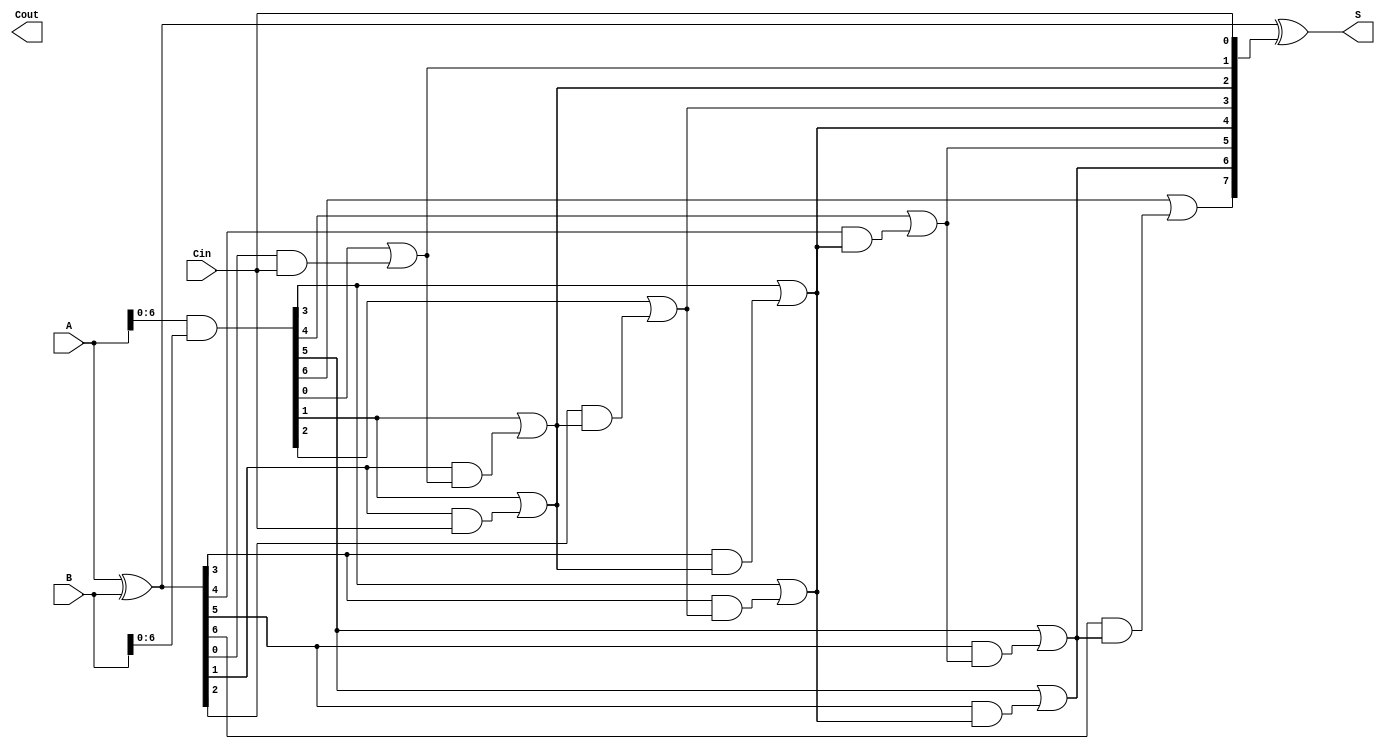
module Parallel_Prefix_Adder #(parameter n = 8) (
    input [n-1:0] A,
    input [n-1:0] B,
    input Cin,
    output [n-1:0] S,
    output Cout
);
    // Internal wires for propagate and generate signals
    wire [n-1:0] P, G;
    wire [n:0] C; // Carry signals, including C[0] for Cin

    // Preprocessing Stage: Generate P and G signals
    assign P = A ^ B; // Propagate signal
    assign G = A & B; // Generate signal

    // Carry generation using Kogge-Stone structure
    assign C[0] = Cin; // Initial carry-in

    // Level 1
    genvar i;
    generate
        for (i = 0; i < n - 1; i = i + 1) begin : level1
            assign C[i + 1] = G[i] | (P[i] & C[i]);
        end
    endgenerate

    // Level 2 (combining results)
    genvar j;
    generate
        for (j = 0; j < n - 2; j = j + 2) begin : level2
            assign C[j + 2] = G[j + 1] | (P[j + 1] & C[j]);
        end
    endgenerate

    // Level 3 (can continue adding levels depending on the number of bits)
    // For Kogge-Stone, we can skip the intermediate levels by using a structured approach
    // Only needed if we have more than 4 bits
    generate
        for (j = 0; j < n - 4; j = j + 4) begin : level3
            assign C[j + 4] = G[j + 3] | (P[j + 3] & C[j + 2]);
        end
    endgenerate

    // Final carry out
    assign Cout = C[n];

    // Sum calculation
    assign S = P ^ C[n-1:0]; // S[i] = P[i] ^ C[i]

endmodule